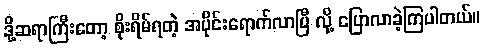
ဒို့ဆရာကြီးတော့ စိုးရိမ်ရတဲ့ အပိုင်းရောက်လာပြီ လို့ ပြောလာခဲ့ကြပါတယ်။